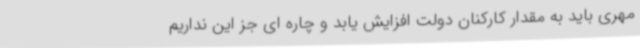
مهری باید به مقدار کارکنان دولت افزایش یابد و چاره ای جز این نداریم